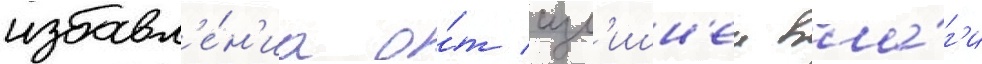
избавл'е́н'иа о́т изл'ишн'еи вла́г'и